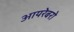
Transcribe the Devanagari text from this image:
आयरेबरो